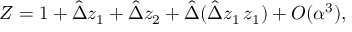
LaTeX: Z = 1 + \hat { \Delta } z _ { 1 } + \hat { \Delta } z _ { 2 } + \hat { \Delta } ( \hat { \Delta } z _ { 1 } \, z _ { 1 } ) + O ( \alpha ^ { 3 } ) ,